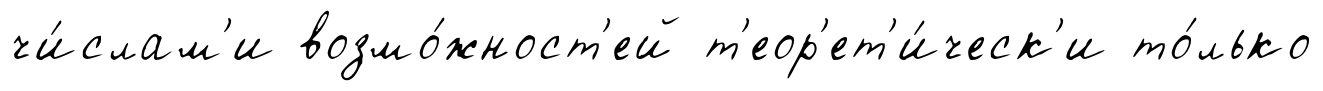
чи́слам'и возмо́жност'ей т'еор'ет'и́ческ'и то́лько